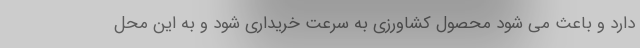
دارد و باعث می شود محصول کشاورزی به سرعت خریداری شود و به این محل